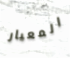
المعيار